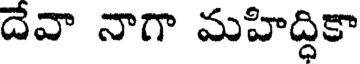
దేవా నాగా మహిద్ధికా